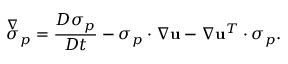
\overset { \nabla } { \boldsymbol { \sigma } } _ { p } = \frac { D \boldsymbol { \sigma } _ { p } } { D t } - \boldsymbol { \sigma } _ { p } \cdot \nabla \mathbf { u } - \nabla \mathbf { u } ^ { T } \cdot \boldsymbol { \sigma } _ { p } .